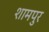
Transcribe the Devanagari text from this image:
शामपुर